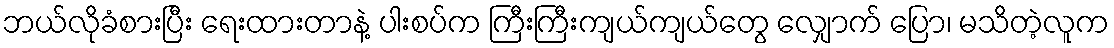
ဘယ်လိုခံစားပြီး ရေးထားတာနဲ့ ပါးစပ်က ကြီးကြီးကျယ်ကျယ်တွေ လျှောက် ပြော၊ မသိတဲ့လူက